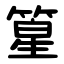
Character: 篂